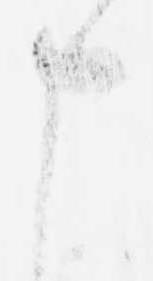
申